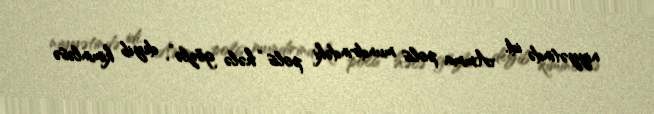
niyyətində idi. Amma polis mundirindəki polis “hələ gözlə”, deyib kiminləsə